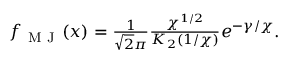
\begin{array} { r } { f _ { \mathrm { ~ M ~ J ~ } } ( x ) = \frac { 1 } { \sqrt { 2 } \pi } \frac { \chi ^ { 1 / 2 } } { K _ { 2 } ( 1 / \chi ) } e ^ { - \gamma / \chi } . } \end{array}